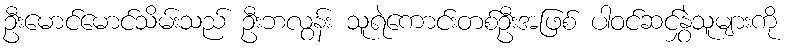
ဦးမောင်မောင်သိမ်းသည် ဦးဘလွန်း သူရဲကောင်းတစ်ဦးအဖြစ် ပါဝင်ဆင်နွှဲသူများကို